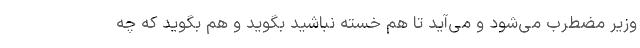
وزیر مضطرب می‌شود و می‌آید تا هم خسته نباشید بگوید و هم بگوید که چه